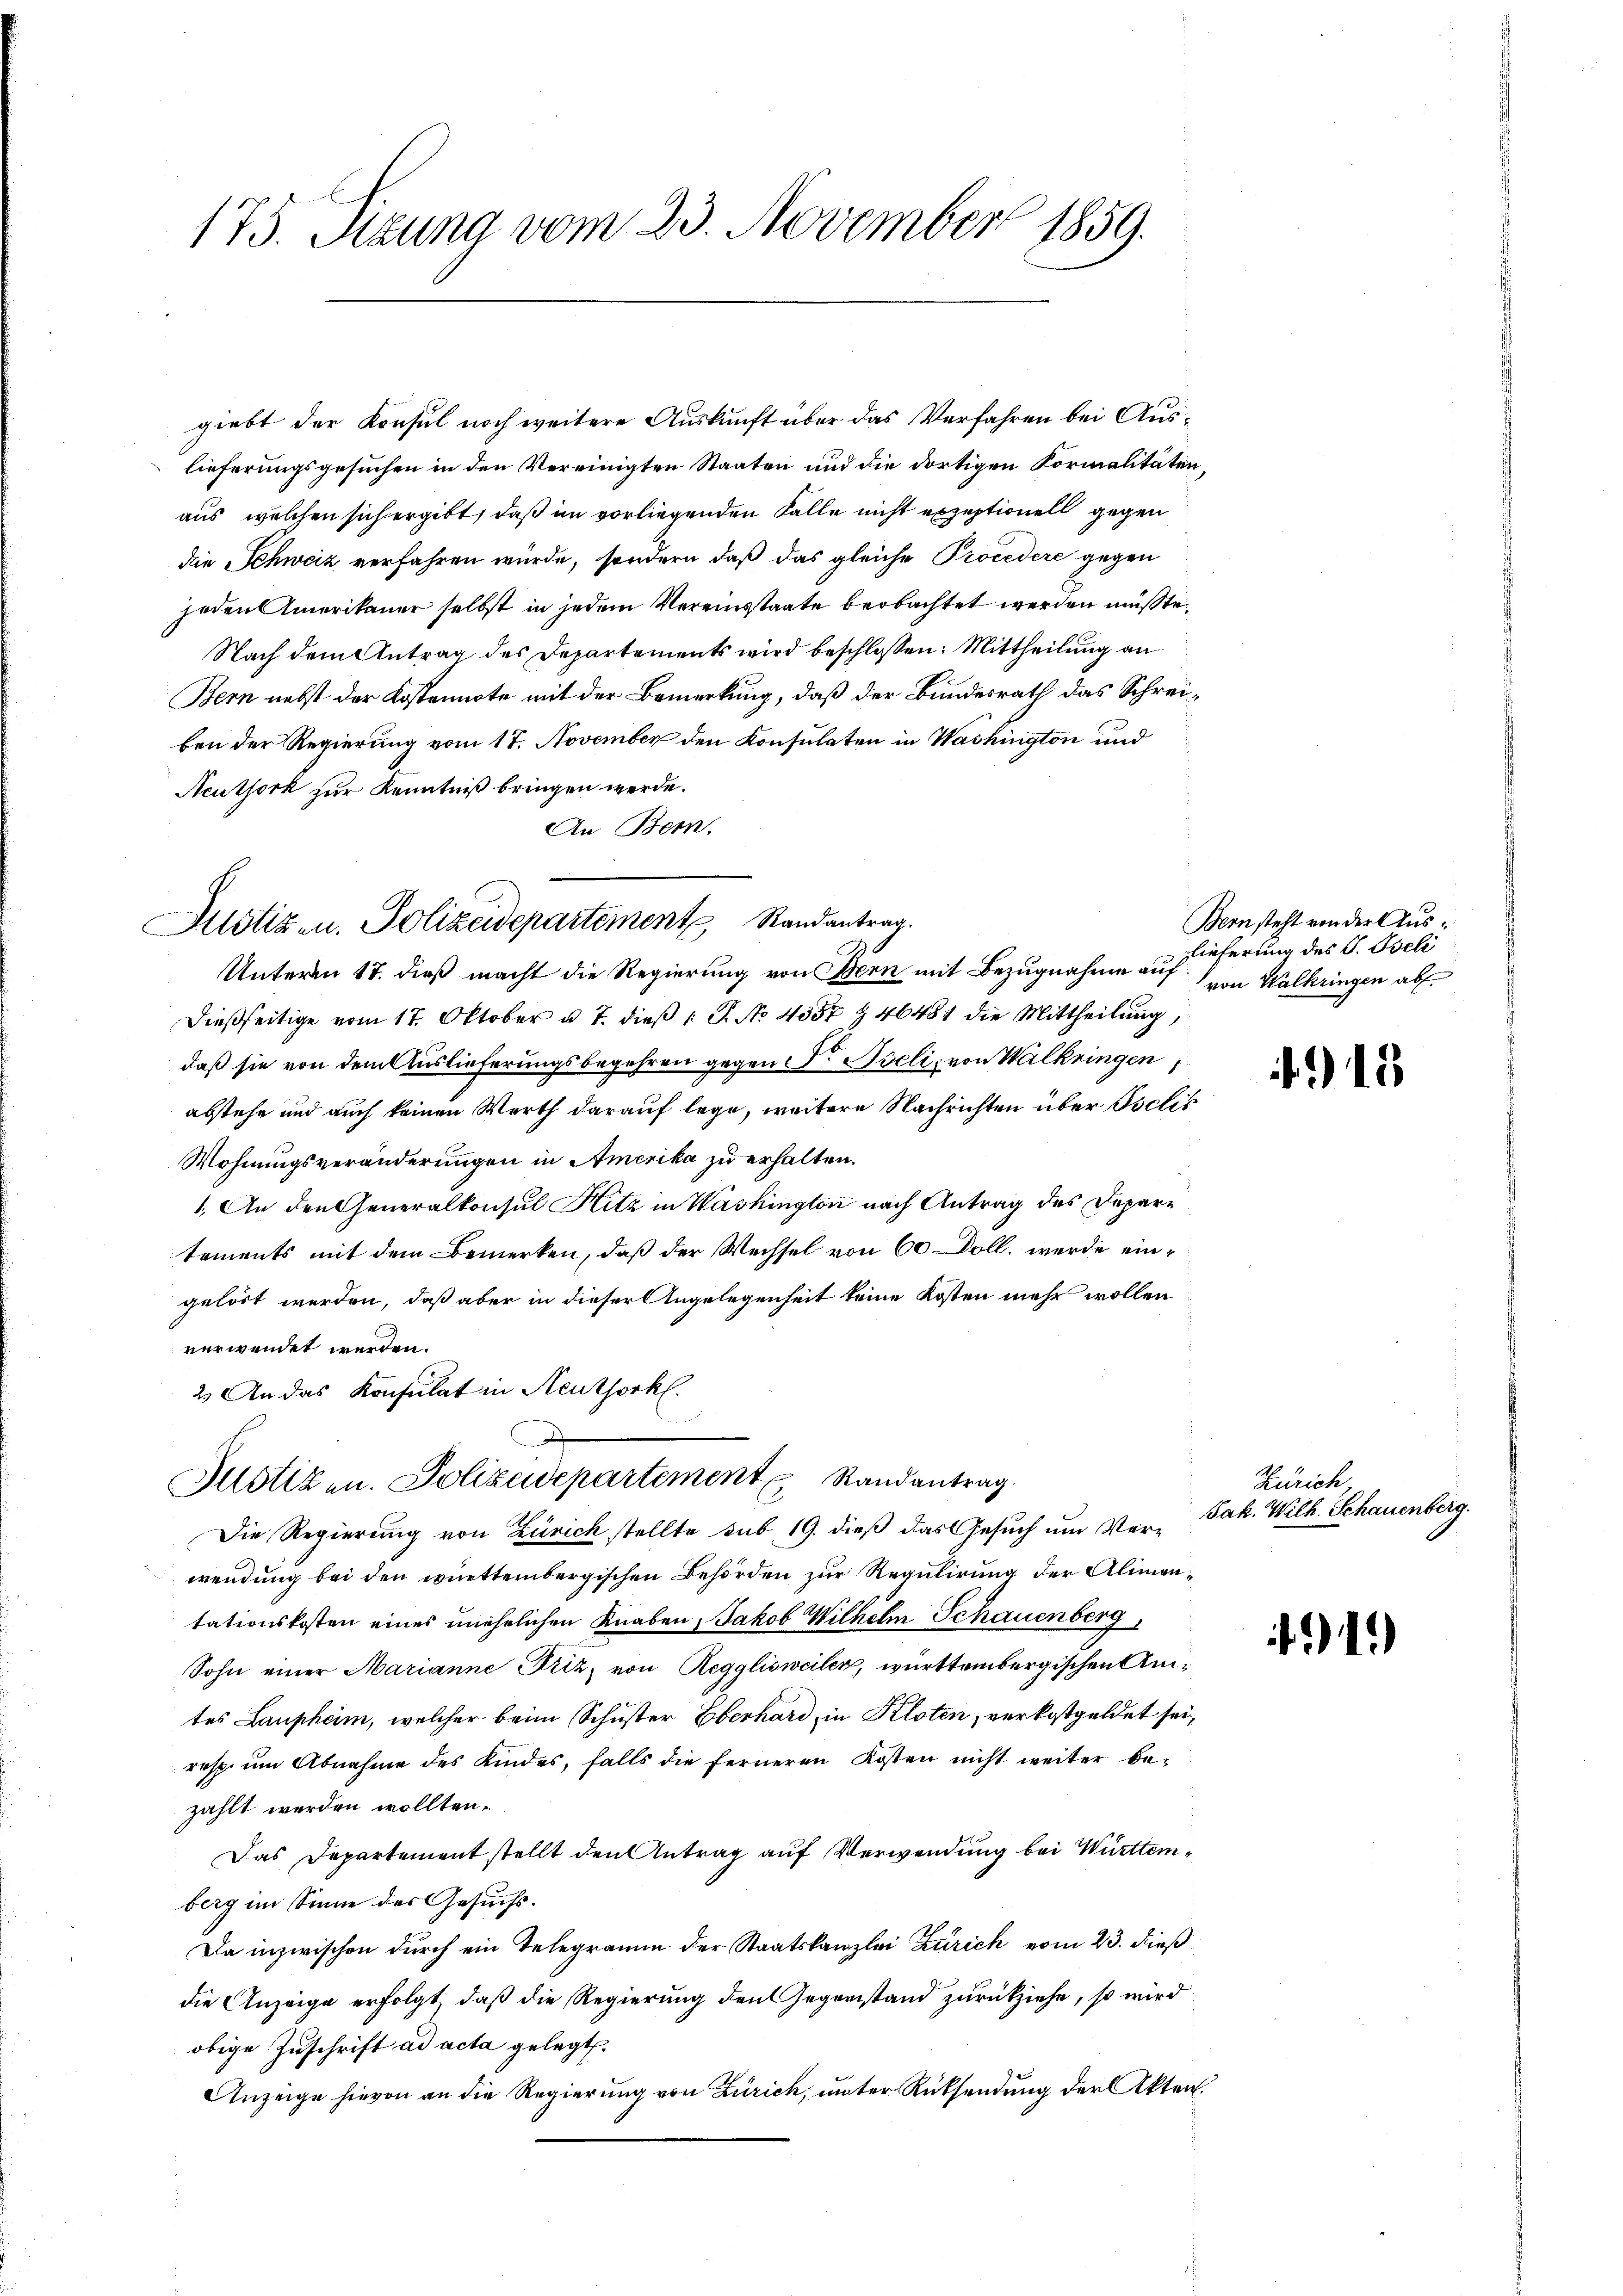
175. Sizung vom 23. November 1859.

giebt der Konsul noch weitere Auskunft über das Verfahren bei Auslieferungsgesuchen in den Vereinigten Staaten und die dortigen Formalitäten,
aus, welchen sich ergibt, daß im vorliegenden Fälle nicht exzeptionell gegen
die Schweiz verfahren würde, sondern daß das gleiche Procedere gegen
jeden Amerikaner selbst in jedem Vereinstaate beobachtet werden müßte.
Nach dem Antrag des Departements wird beschlossen: Mittheilung an
Bern nebst der Kostennote mit der Bemerkung, daß der Bundesrath das Schreiben der Regierung vom 17. November den Konsulaten in Washington und
Neuthork zur Kenntniß bringen werde.
An Bern.
Justiz- u. Polizeidepartement Randantrag.
Unteren 17. dieß macht die Regierung von Bern mit Bezugnahme auf
dießseitige vom 17. Oktober u. 7. dieß ( P. No 4357 Z 46481 die Mittheilung,
daß sie von dem Auslieferungsbegehren gegen  Iseli, von Walkringen,
abstehe und auch keinen Werth darauf lege, weitere Nachrichten über Iselis
Wohnungsveränderungen in Amerika zu erhalten.
1. An den Generalkonsul Hitz in Washington nach Antrag des Departements mit dem Bemerken, daß der Wechsel von 60 Doll, werde eingelöst werden, daß aber in dieser Angelegenheit keine Kosten mehr wollen
verwendet werden.
2. An das Konsulat in Reuthorkl.

Hotizen. Polizeidepartement Randantrag.

Die Regierung von Zürich stellte sub 19. dieß das Gesuch um Verwendung bei den württembergischen Behörden zur Regulirung der Alimentationskosten eines unehelichen Knaben, Jakob Wilhelm Schauenberg
Sohn einer Marianne Friz, von Regglisweilen, württembergischen Amtes Lauphem, welcher beim Schuster Eberhard in Kloten, verkostgeldet sei,
resp. um Abnahme des Kindes, falls die ferneren Kosten nicht weiter bezahlt werden wollten.
Das Departementstellt den Antrag auf Verwendung bei Württemberg im Sinne des Gesuchs-
Da inzwischen durch ein Telegramm der Staatskanzlei Zürich vom 23. dieß
die Anzeige erfolgt, daß die Regierung den Gegenstand zurückziehe, so wird
obige Zuschrift ad acta gelegt.
Anzeige hievon an die Regierung von Zürich, unter Rücksendung der Akten.

Bern steht von der Auslieferung des J. Iseli
von Walkringen abs

18

Zürich,
Jak. Wilh. Schauenberg

41)